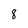
Character: 8